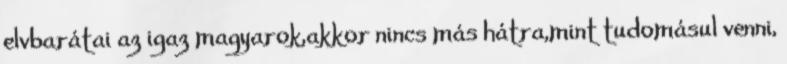
elvbarátai az igaz magyarok,akkor nincs más hátra,mint tudomásul venni,